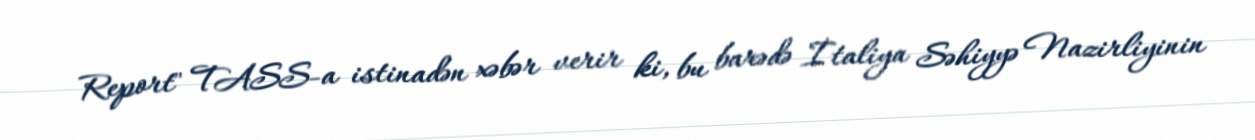
Report" TASS-a istinadən xəbər verir ki, bu barədə İtaliya Səhiyyə Nazirliyinin